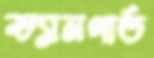
ভ্যানগার্ড